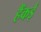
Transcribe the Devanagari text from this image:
हैंकई